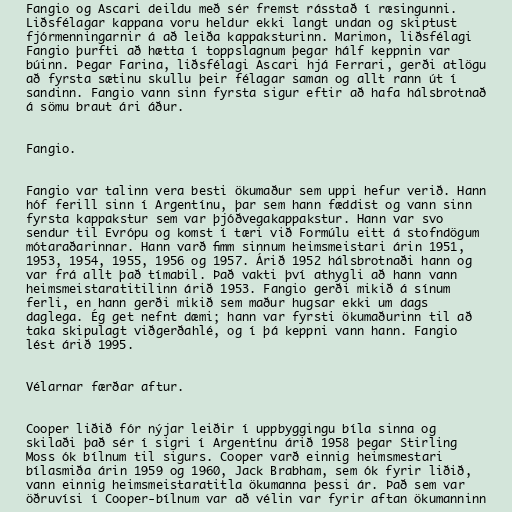
Fangio og Ascari deildu með sér fremst rásstað í ræsingunni.
Liðsfélagar kappana voru heldur ekki langt undan og skiptust
fjórmenningarnir á að leiða kappaksturinn. Marimon, liðsfélagi
Fangio þurfti að hætta í toppslagnum þegar hálf keppnin var
búinn. Þegar Farina, liðsfélagi Ascari hjá Ferrari, gerði atlögu
að fyrsta sætinu skullu þeir félagar saman og allt rann út í
sandinn. Fangio vann sinn fyrsta sigur eftir að hafa hálsbrotnað
á sömu braut ári áður.

Fangio.

Fangio var talinn vera besti ökumaður sem uppi hefur verið. Hann
hóf ferill sinn í Argentínu, þar sem hann fæddist og vann sinn
fyrsta kappakstur sem var þjóðvegakappakstur. Hann var svo
sendur til Evrópu og komst í tæri við Formúlu eitt á stofndögum
mótaraðarinnar. Hann varð fimm sinnum heimsmeistari árin 1951,
1953, 1954, 1955, 1956 og 1957. Árið 1952 hálsbrotnaði hann og
var frá allt það tímabil. Það vakti því athygli að hann vann
heimsmeistaratitilinn árið 1953. Fangio gerði mikið á sínum
ferli, en hann gerði mikið sem maður hugsar ekki um dags
daglega. Ég get nefnt dæmi; hann var fyrsti ökumaðurinn til að
taka skipulagt viðgerðahlé, og í þá keppni vann hann. Fangio
lést árið 1995.

Vélarnar færðar aftur.

Cooper liðið fór nýjar leiðir í uppbyggingu bíla sinna og
skilaði það sér í sigri í Argentínu árið 1958 þegar Stirling
Moss ók bílnum til sigurs. Cooper varð einnig heimsmestari
bílasmiða árin 1959 og 1960, Jack Brabham, sem ók fyrir liðið,
vann einnig heimsmeistaratitla ökumanna þessi ár. Það sem var
öðruvísi í Cooper-bílnum var að vélin var fyrir aftan ökumanninn